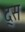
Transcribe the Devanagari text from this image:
द्स